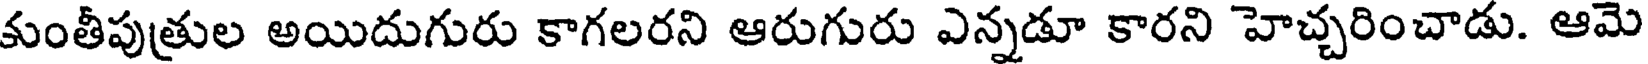
కుంతీపుత్రుల అయిదుగురు కాగలరని ఆరుగురు ఎన్నడూ కారని హెచ్చరించాడు. ఆమె